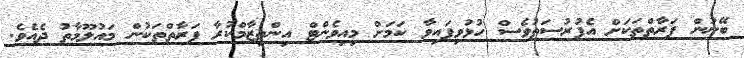
ބޭނުން ފަރާތްތަކަށް އެފުރުސަތުވެސް ހުޅުވިފައިވާ ކަމަށް މިއިވެންޓް އިންތިޒާމްކުރާ ފަރާތްތަކުން މައުލޫމާތު ދެއެވެ.